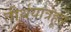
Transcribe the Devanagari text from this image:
तीर्थयात्रेहून